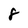
Character: 8